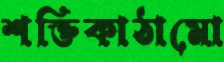
শক্তিকাঠামো